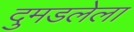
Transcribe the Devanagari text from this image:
दुमडलेला